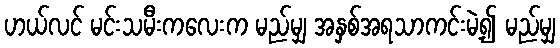
ဟယ်လင် မင်းသမီးကလေးက မည်မျှ အနှစ်အရသာကင်းမဲ့၍ မည်မျှ